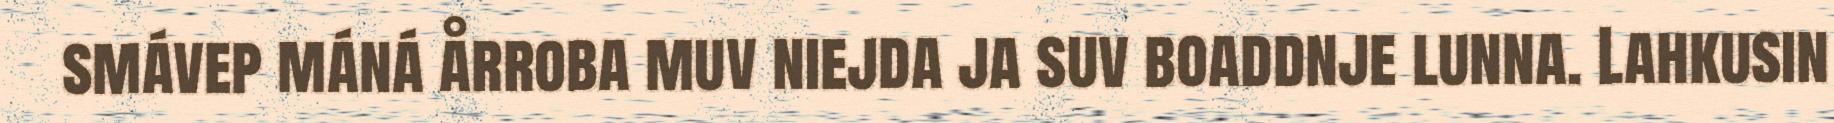
smávep máná årroba muv niejda ja suv boaddnje lunna. Lahkusin